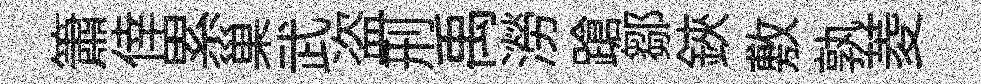
簫倖累巢武盗刑禹澇蹌鄒鋏敷孰菱